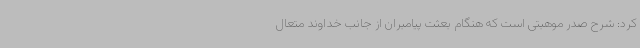
کرد: شرح صدر موهبتی است که هنگام بعثت پیامبران از جانب خداوند متعال